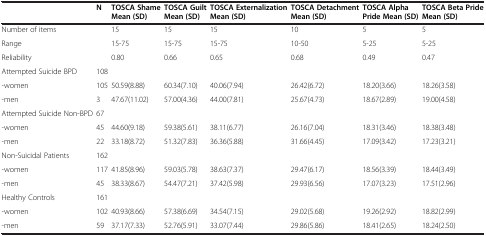
<table><thead><tr><td><b> </b></td><td><b>N</b></td><td><b>TOSCA Shame Mean (SD)</b></td><td><b>TOSCA Guilt Mean (SD)</b></td><td><b>TOSCA Externalization Mean (SD)</b></td><td><b>TOSCA Detachment Mean (SD)</b></td><td><b>TOSCA Alpha Pride Mean (SD)</b></td><td><b>TOSCA Beta Pride Mean (SD)</b></td></tr></thead><tbody><tr><td>Number of items</td><td> </td><td>15</td><td>15</td><td>15</td><td>10</td><td>5</td><td>5</td></tr><tr><td>Range</td><td> </td><td>15-75</td><td>15-75</td><td>15-75</td><td>10-50</td><td>5-25</td><td>5-25</td></tr><tr><td>Reliability</td><td> </td><td>0.80</td><td>0.66</td><td>0.65</td><td>0.68</td><td>0.49</td><td>0.47</td></tr><tr><td>Attempted Suicide BPD</td><td>108</td><td> </td><td> </td><td> </td><td> </td><td> </td><td> </td></tr><tr><td><i>-</i>women</td><td>105</td><td>50.59(8.88)</td><td>60.34(7.10)</td><td>40.06(7.94)</td><td>26.42(6.72)</td><td>18.20(3.66)</td><td>18.26(3.58)</td></tr><tr><td>-men</td><td>3</td><td>47.67(11.02)</td><td>57.00(4.36)</td><td>44.00(7.81)</td><td>25.67(4.73)</td><td>18.67(2.89)</td><td>19.00(4.58)</td></tr><tr><td>Attempted Suicide Non-BPD</td><td>67</td><td> </td><td> </td><td> </td><td> </td><td> </td><td> </td></tr><tr><td><i>-</i>women</td><td>45</td><td>44.60(9.18)</td><td>59.38(5.61)</td><td>38.11(6.77)</td><td>26.16(7.04)</td><td>18.31(3.46)</td><td>18.38(3.48)</td></tr><tr><td>-men</td><td>22</td><td>33.18(8.72)</td><td>51.32(7.83)</td><td>36.36(5.88)</td><td>31.66(4.45)</td><td>17.09(3.42)</td><td>17.23(3.21)</td></tr><tr><td>Non-Suicidal Patients</td><td>162</td><td> </td><td> </td><td> </td><td> </td><td> </td><td> </td></tr><tr><td><i>-</i>women</td><td>117</td><td>41.85(8.96)</td><td>59.03(5.78)</td><td>38.63(7.37)</td><td>29.47(6.17)</td><td>18.56(3.39)</td><td>18.44(3.49)</td></tr><tr><td>-men</td><td>45</td><td>38.33(8.67)</td><td>54.47(7.21)</td><td>37.42(5.98)</td><td>29.93(6.56)</td><td>17.07(3.23)</td><td>17.51(2.96)</td></tr><tr><td>Healthy Controls</td><td>161</td><td> </td><td> </td><td> </td><td> </td><td> </td><td> </td></tr><tr><td><i>-</i>women</td><td>102</td><td>40.93(8.66)</td><td>57.38(6.69)</td><td>34.54(7.15)</td><td>29.02(5.68)</td><td>19.26(2.92)</td><td>18.82(2.99)</td></tr><tr><td>-men</td><td>59</td><td>37.17(7.33)</td><td>52.76(5.91)</td><td>33.07(7.44)</td><td>29.86(5.86)</td><td>18.41(2.65)</td><td>18.24(2.50)</td></tr></tbody></table>